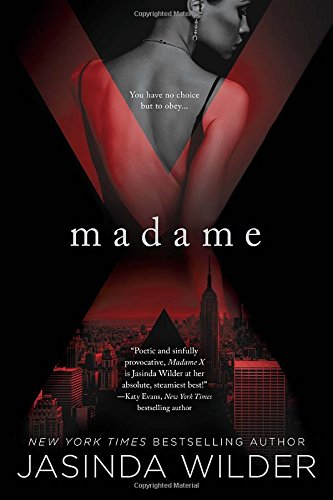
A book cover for Madame X: A Madame X Novel; Jasinda Wilder; Romance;